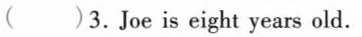
( )3.Joe is eight years old.